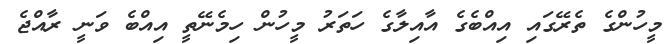
މީހުންގެ ތެރޭގައި އިއްބެގެ އާއިލާގެ ހަތަރު މީހުން ހިމެނޭތީ އިއްބެ ވަނީ ރާއްޖެ